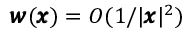
{ \pmb w } ( { \pmb x } ) = O ( 1 / | { \pmb x } | ^ { 2 } )